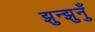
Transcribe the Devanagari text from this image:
झुन्झुनुँ